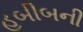
હબીબની